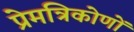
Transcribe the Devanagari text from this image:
प्रेमत्रिकोणों